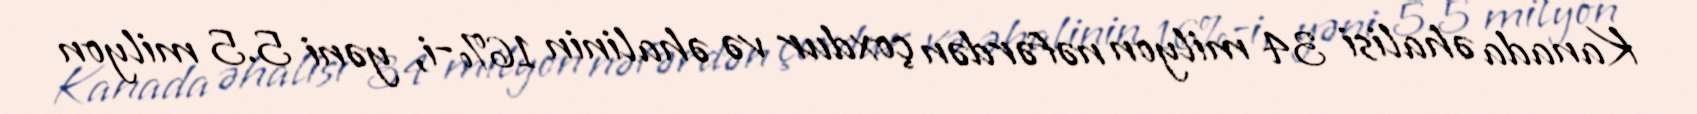
Kanada əhalisi 34 milyon nəfərdən çoxdur və əhalinin 16%-i, yəni 5.5 milyon